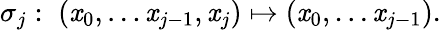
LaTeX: \sigma_{j}:\; (\mathit{x}_{0},\ldots\mathit{x}_{j-1},\mathit{x}_{j})\mapsto(\mathit{x}_{0},\ldots\mathit{x}_{j-1}).